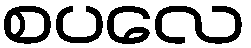
စပလေ